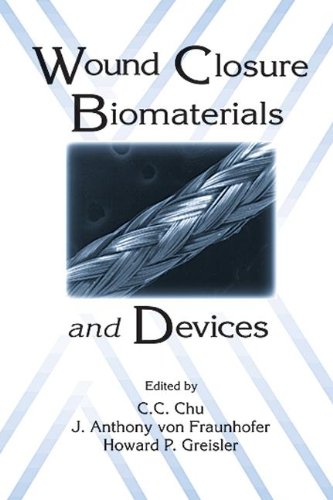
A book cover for Wound Closure Biomaterials and Devices; Medical Books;